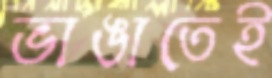
ভাঙাতেই